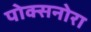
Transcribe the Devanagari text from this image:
पोक्सनोरा